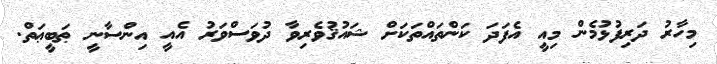
މިހާރު ދަރިފުޅުމެން މިއީ އެފަދަ ކަންތައްތަކަށް ޝައުޤުވެރިވާ ދުވަސްވަރު އެއީ އިންސާނީ ޠަބީޢަތް.